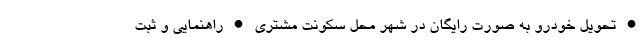
• تحویل خودرو به صورت رایگان در شهر محل سکونت مشتری • راهنمایی و ثبت